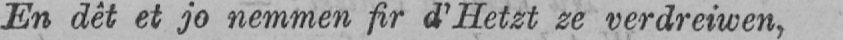
En dêt et jo nemmen fir d’Hetzt ze verdreiwen,